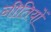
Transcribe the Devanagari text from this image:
नीतियों